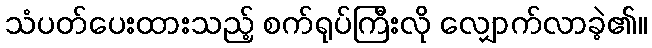
သံပတ်ပေးထားသည့် စက်ရုပ်ကြီးလို လျှောက်လာခဲ့၏။